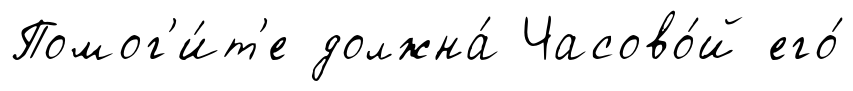
Помог'и́т'е должна́ Часово́й его́